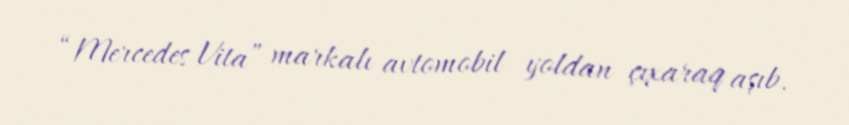
“Mercedes Vita” markalı avtomobil yoldan çıxaraq aşıb.